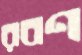
রবণ